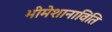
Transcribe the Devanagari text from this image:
भीमेशानाविति